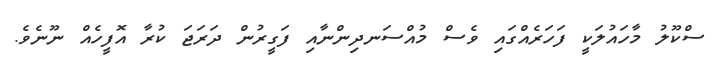
ސްކޫލު މާހައުލަކީ ފަހަރެއްގައި ވެސް މުއްސަނދިންނާއި ފަގީރުން ދަރަޖަ ކުރާ އޮފީހެއް ނޫނެވެ.